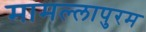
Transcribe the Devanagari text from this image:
मामल्‍लापुरम